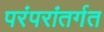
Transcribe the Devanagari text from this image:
परंपरांतर्गत